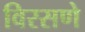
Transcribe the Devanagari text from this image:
विरसणे